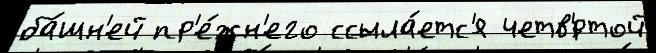
ба́шн'ей пр'е́жн'его ссыла́етс'я четв'́ртой